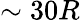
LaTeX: \sim 30R